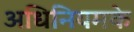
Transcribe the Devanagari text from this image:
अधिनियमके